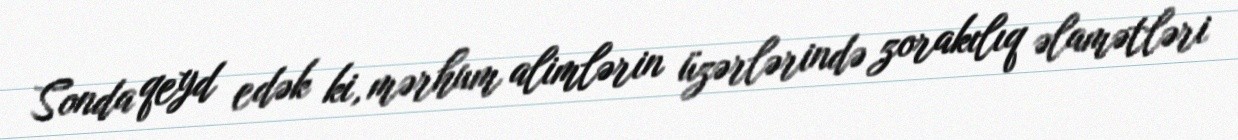
Sonda qeyd edək ki, mərhum alimlərin üzərlərində zorakılıq əlamətləri